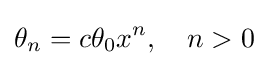
\theta _{n}=c\theta _{0}x^{n},\quad n>0